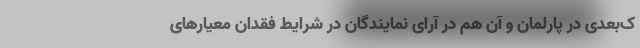
ک‌بعدی در پارلمان و آن ‌هم در آرای نمایندگان در شرایط فقدان معیارهای